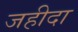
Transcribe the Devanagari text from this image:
जहीदा